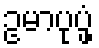
ဥမာပုပ္ဖံ